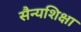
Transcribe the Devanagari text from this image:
सैन्यशिक्षा